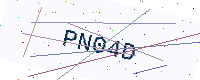
Text: PN04D